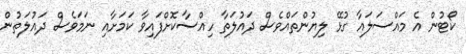
ކޯޓުން އެ މައްސަލައާ ގުޅޭ ލިޔުންތައްވެސް ދައުލަތާ ހިއްސާކޮށްފައިވާ ކަމަށާއި ނަމަވެސް ދައުލަތުން